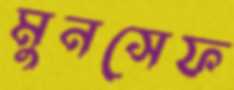
মুনসেফ